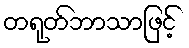
တရုတ်ဘာသာဖြင့်